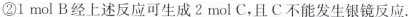
②1mol B经上述反应可生成2mol C.且C不能发生银镜反应.